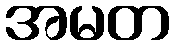
အမတ